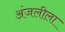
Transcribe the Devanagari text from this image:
अंजलीला